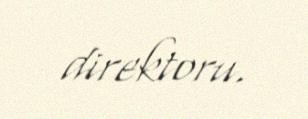
direktoru.